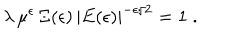
\lambda \, \mu ^ { \epsilon } \, \Xi ( \epsilon ) \, | E ( \epsilon ) | ^ { - \epsilon / 2 } = 1 \; .